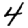
Digit: 4